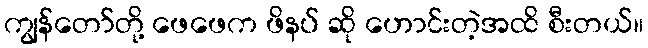
ကျွန်တော်တို့ ဖေဖေက ဖိနပ် ဆို ဟောင်းတဲ့အထိ စီးတယ်။